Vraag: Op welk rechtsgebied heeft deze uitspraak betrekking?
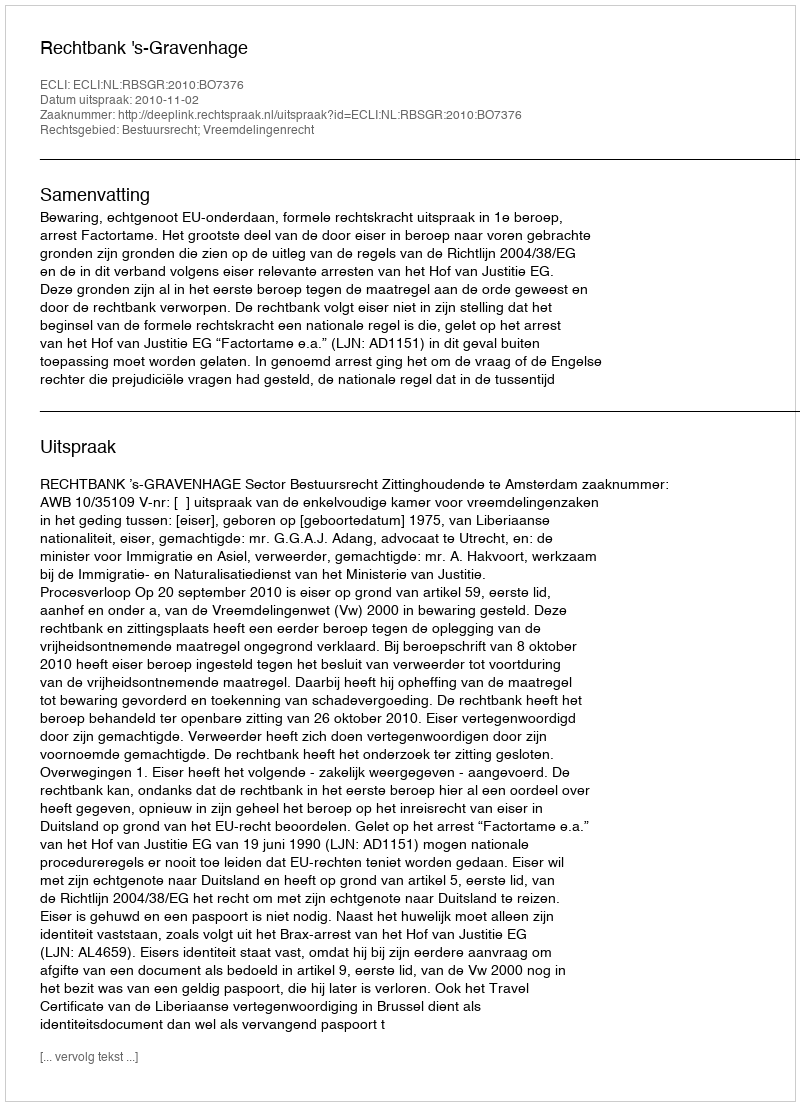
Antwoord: Bestuursrecht; Vreemdelingenrecht